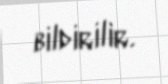
bildirilir.